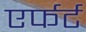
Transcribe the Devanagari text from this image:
एर्फर्ट